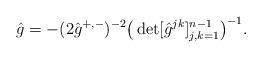
LaTeX: \begin{align*} \hat g=-(2\hat g^{+,-})^{-2}\big(\det[\hat g^{jk}]_{j,k=1}^{n-1}\big)^{-1}.\end{align*}